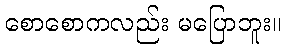
စောစောကလည်း မပြောဘူး။